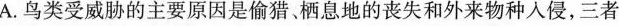
A. 鸟类受威胁的主要原因是偷猎栖息地的丧失和外来物种入侵，三者